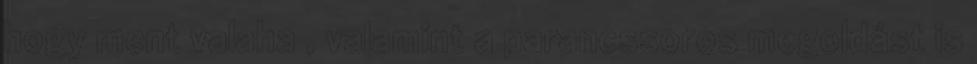
hogy ment valaha , valamint a parancssoros megoldást is